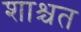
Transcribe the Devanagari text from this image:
शाश्चत